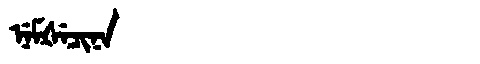
Manchu: ᠨᡝᠮᡧᡝᠴᡳᠨᠠ
Romanization: NEMŠECINA